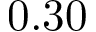
0 . 3 0